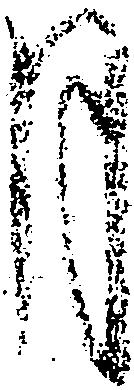
月